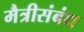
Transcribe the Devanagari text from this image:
मैत्रीसंबंध